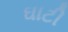
ઘાટી